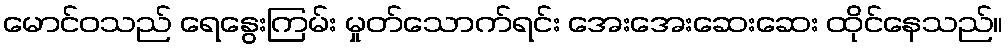
မောင်ဝသည် ရေနွေးကြမ်း မှုတ်သောက်ရင်း အေးအေးဆေးဆေး ထိုင်နေသည်။